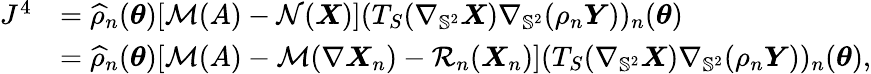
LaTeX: \begin{array}{rl}{J^{4}}&{=\widehat{\rho}_{n}({\boldsymbol{\theta}})[\mathcal{M}(A)-\mathcal{N}(\boldsymbol{X})](T_{S}(\nabla_{\mathbb{S}^{2}}\boldsymbol{X})\nabla_{\mathbb{S}^{2}}(\rho_{n}\boldsymbol{Y}))_{n}({\boldsymbol{\theta}})}\\ &{=\widehat{\rho}_{n}({\boldsymbol{\theta}})[\mathcal{M}(A)-\mathcal{M}(\nabla\boldsymbol{X}_{n})-\mathcal{R}_{n}(\boldsymbol{X}_{n})](T_{S}(\nabla_{\mathbb{S}^{2}}\boldsymbol{X})\nabla_{\mathbb{S}^{2}}(\rho_{n}\boldsymbol{Y}))_{n}({\boldsymbol{\theta}}),}\end{array}